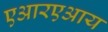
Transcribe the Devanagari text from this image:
एआरएआय